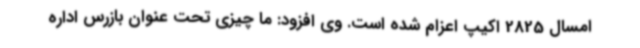
امسال 2825 اکیپ اعزام شده است. وی افزود: ما چیزی تحت عنوان بازرس اداره